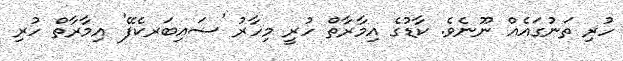
ހުރި ތަނުގައެއް ނޫނެވެ. ކާޑުގެ އިމާރާތް ހުރީ މިހާރު 'ސައިބަރކެފޭ' އިމާރާތް ހުރި